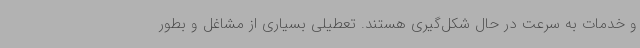
و خدمات به سرعت در حال شکل‌گیری هستند. تعطیلی بسیاری از مشاغل و بطور